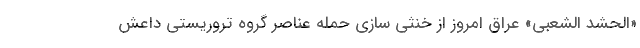
«الحشد الشعبی» عراق امروز از خنثی سازی حمله عناصر گروه تروریستی داعش